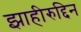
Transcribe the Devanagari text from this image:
झाहीरुद्दिन